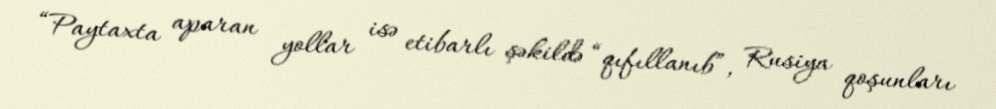
“Paytaxta aparan yollar isə etibarlı şəkildə “qıfıllanıb”, Rusiya qoşunları